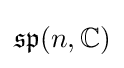
{\mathfrak {sp}}(n,\mathbb {C} )